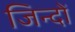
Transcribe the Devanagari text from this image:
जिन्दों